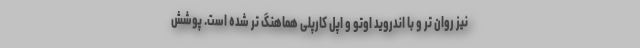
نیز روان تر و با اندروید اوتو و اپل کارپلی هماهنگ تر شده است. پوشش